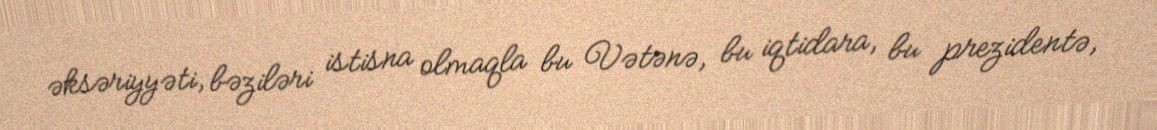
əksəriyyəti, bəziləri istisna olmaqla bu Vətənə, bu iqtidara, bu prezidentə,